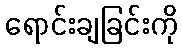
ရောင်းချခြင်းကို